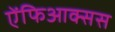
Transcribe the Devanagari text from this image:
ऐंफिआक्सस